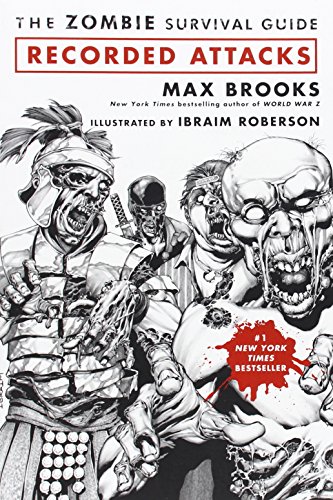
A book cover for The Zombie Survival Guide: Recorded Attacks; Max Brooks; Comics & Graphic Novels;